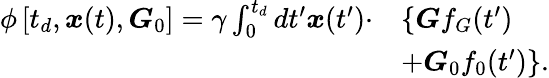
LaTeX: \begin{array}{rl}{\phi\left[t_{d},\boldsymbol{x}(t),\boldsymbol{G}_{0}\right]=\gamma\int_{0}^{t_{d}}dt^{\prime}\boldsymbol{x}(t^{\prime})\cdot}&{\left\{ \boldsymbol{G}f_{G}(t^{\prime})\right.}\\ &{\left.+\boldsymbol{G}_{0}f_{0}(t^{\prime})\right\} .}\end{array}